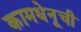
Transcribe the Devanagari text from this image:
कामधेनूची